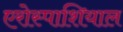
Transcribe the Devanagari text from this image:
एरोस्पाशियाल